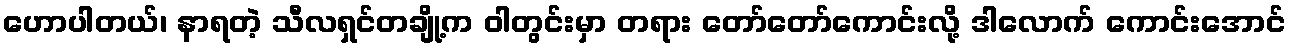
ဟောပါတယ်၊ နာရတဲ့ သီလရှင်တချို့က ဝါတွင်းမှာ တရား တော်တော်ကောင်းလို့ ဒါလောက် ကောင်းအောင်